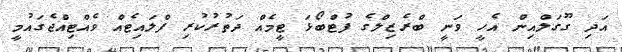
އަދި ގޫގަލްއިން އެހީ ވަނީ ބްރެޒިލްގެ ފުޓްބޯޅަ ޓީމެއް ދަތުރުކުރި ފްލައިޓެއް ވެއްޓިއްޖެގައުމީ